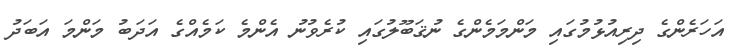
އަހަރެންގެ ދިރިއުޅުމުގައި މަންމަމެންގެ ނުޤަބޫލުގައި ކުރެވުނު އެންމެ ކަމެއްގެ އަދަބު މަންމަ އަބަދު